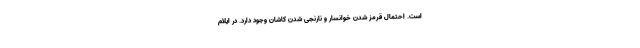
است. احتمال قرمز شدن خوانسار و نارنجی شدن کاشان وجود دارد. در ایلام